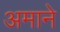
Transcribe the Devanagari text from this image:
अमाने